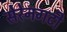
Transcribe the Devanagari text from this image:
सेरेनगटी